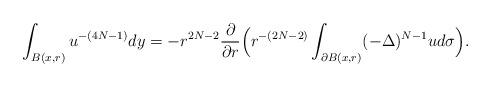
LaTeX: \begin{align*}\int_{B(x, r)} u^{-(4N-1)} dy &= - r^{2N-2} \frac{\partial}{\partial r} \Big( r^{-(2N-2)} \int_{\partial B(x, r)} (-\Delta)^{N-1} u d\sigma \Big) .\end{align*}